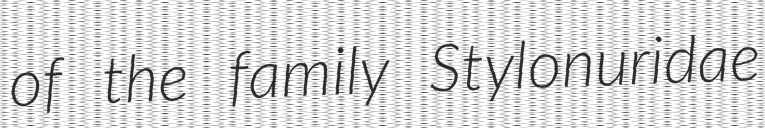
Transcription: of the family Stylonuridae